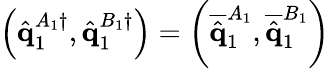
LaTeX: \left(\hat{\mathbf{q}}_{1}^{A_{1}\dagger},\hat{\mathbf{q}}_{1}^{B_{1}\dagger}\right)=\left(\overline{{\hat{\mathbf{q}}}}_{1}^{A_{1}},\overline{{\hat{\mathbf{q}}}}_{1}^{B_{1}}\right)